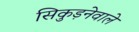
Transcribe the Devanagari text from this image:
सिकुड़नेवाले